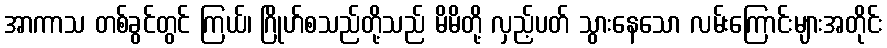
အာကာသ တစ်ခွင်တွင် ကြယ်၊ ဂြိုဟ်စသည်တို့သည် မိမိတို့ လှည့်ပတ် သွားနေသော လမ်းကြောင်းများအတိုင်း